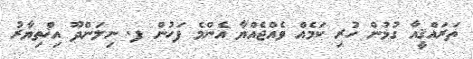
ތަރައްޤީއާ ގުޅުން ހުރި ކަމެއް ވެއްޖެއްޔާ އެންމެ ފަހުން ފ. ނިލަންދޫ އިޚްތިޔާރު